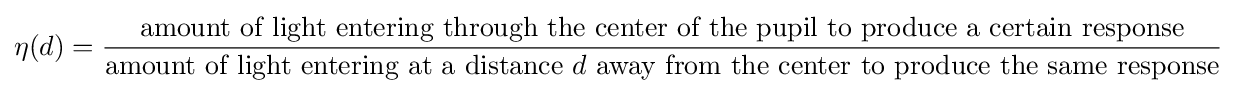
\eta \,\!(d)={\frac {\text{amount of light entering through the center of the pupil to produce a certain response}}{{\text{amount of light entering at a distance }}d{\text{ away from the center to produce the same response}}}}